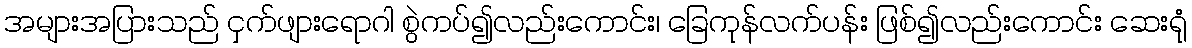
အများအပြားသည် ငှက်ဖျားရောဂါ စွဲကပ်၍လည်းကောင်း၊ ခြေကုန်လက်ပန်း ဖြစ်၍လည်းကောင်း ဆေးရုံ